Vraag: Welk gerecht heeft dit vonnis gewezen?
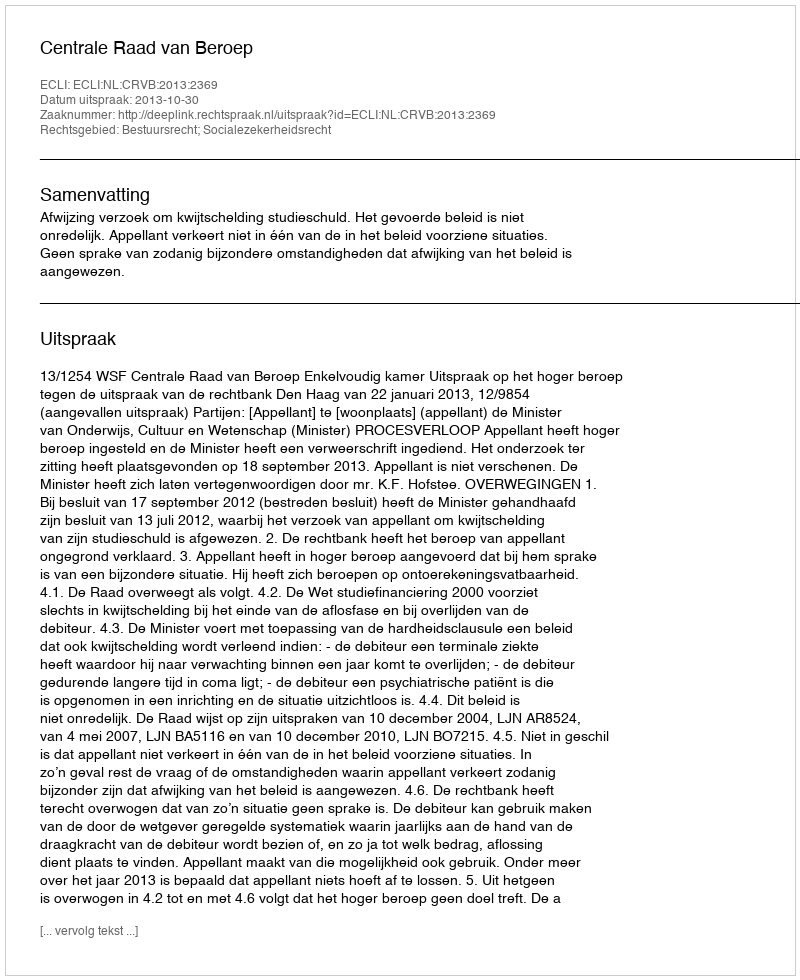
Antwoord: Centrale Raad van Beroep